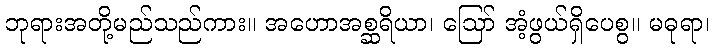
ဘုရားအတို့မည်သည်ကား။ အဟောအစ္ဆရိယာ၊ ဩော် အံ့ဖွယ်ရှိပေစွ။ မဓုရာ၊